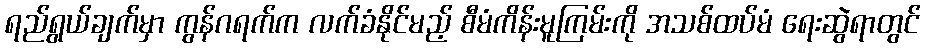
ရည်ရွယ်ချက်မှာ ကွန်ဂရက်က လက်ခံနိုင်မည့် စီမံကိန်းမူကြမ်းကို အသစ်ထပ်မံ ရေးဆွဲရာတွင်